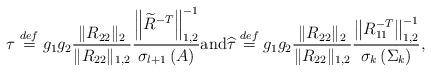
LaTeX: \begin{align*}\tau \stackrel{def}{=} g_1 g_2 \frac{\|R_{22}\|_2}{\|R_{22}\|_{1,2}} \frac{\left\|\widetilde{R}^{-T}\right\|_{1,2}^{-1}}{\sigma_{l+1}\left(A\right)} \mbox{and} \widehat{\tau} \stackrel{def}{=} g_1 g_2 \frac{\|R_{22}\|_2}{\|R_{22}\|_{1,2}} \frac{\left\|R_{11}^{-T}\right\|_{1,2}^{-1}}{\sigma_k\left(\Sigma_k\right)},\end{align*}